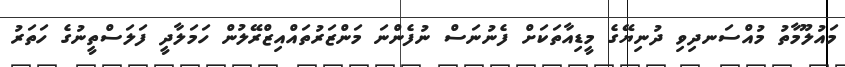
މައުލޫމާތު މުއްސަނދިވި ދުނިޔޭގެ މީޑިއާތަކަށް ފެނުނަސް ނުފެންނަ މަންޒަރުތައްއިޒްރޭލުން ހަމަލާދީ ފަލަސްތީނުގެ ހަތަރު